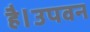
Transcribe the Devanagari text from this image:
है।उपवन